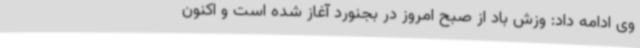
وی ادامه داد: وزش باد از صبح امروز در بجنورد آغاز شده است و اکنون